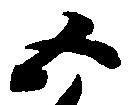
五